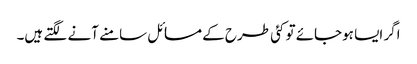
اگر ایسا ہوجائے تو کئی طرح کے مسائل سامنے آنے لگتے ہیں۔